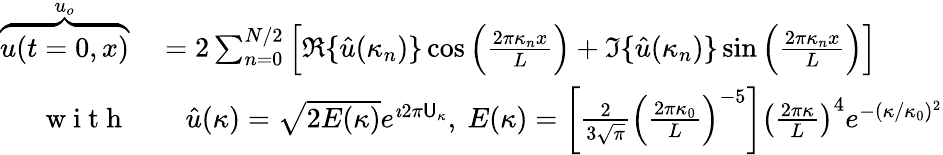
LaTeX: \begin{array}{rl}{\overbrace{u(t=0,x)}^{u_{o}}}&{{}=2\sum_{n=0}^{N/2}\left[\Re\{ \hat{u}(\kappa_{n})\} \cos\left(\frac{2\pi\kappa_{n}x}{L}\right)+\Im\{ \hat{u}(\kappa_{n})\} \sin\left(\frac{2\pi\kappa_{n}x}{L}\right)\right]}\\ {\mathrm{~w~i~t~h~}}&{{}\quad\hat{u}(\kappa)=\sqrt{2E(\kappa)}e^{\imath 2\pi\mathsf{U}_{\kappa}},\ E(\kappa)=\left[\frac{2}{3\sqrt{\pi}}\left(\frac{2\pi\kappa_{0}}{L}\right)^{-5}\right]\left(\frac{2\pi\kappa}{L}\right)^{4}e^{-(\kappa/\kappa_{0})^{2}}}\end{array}